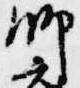
師